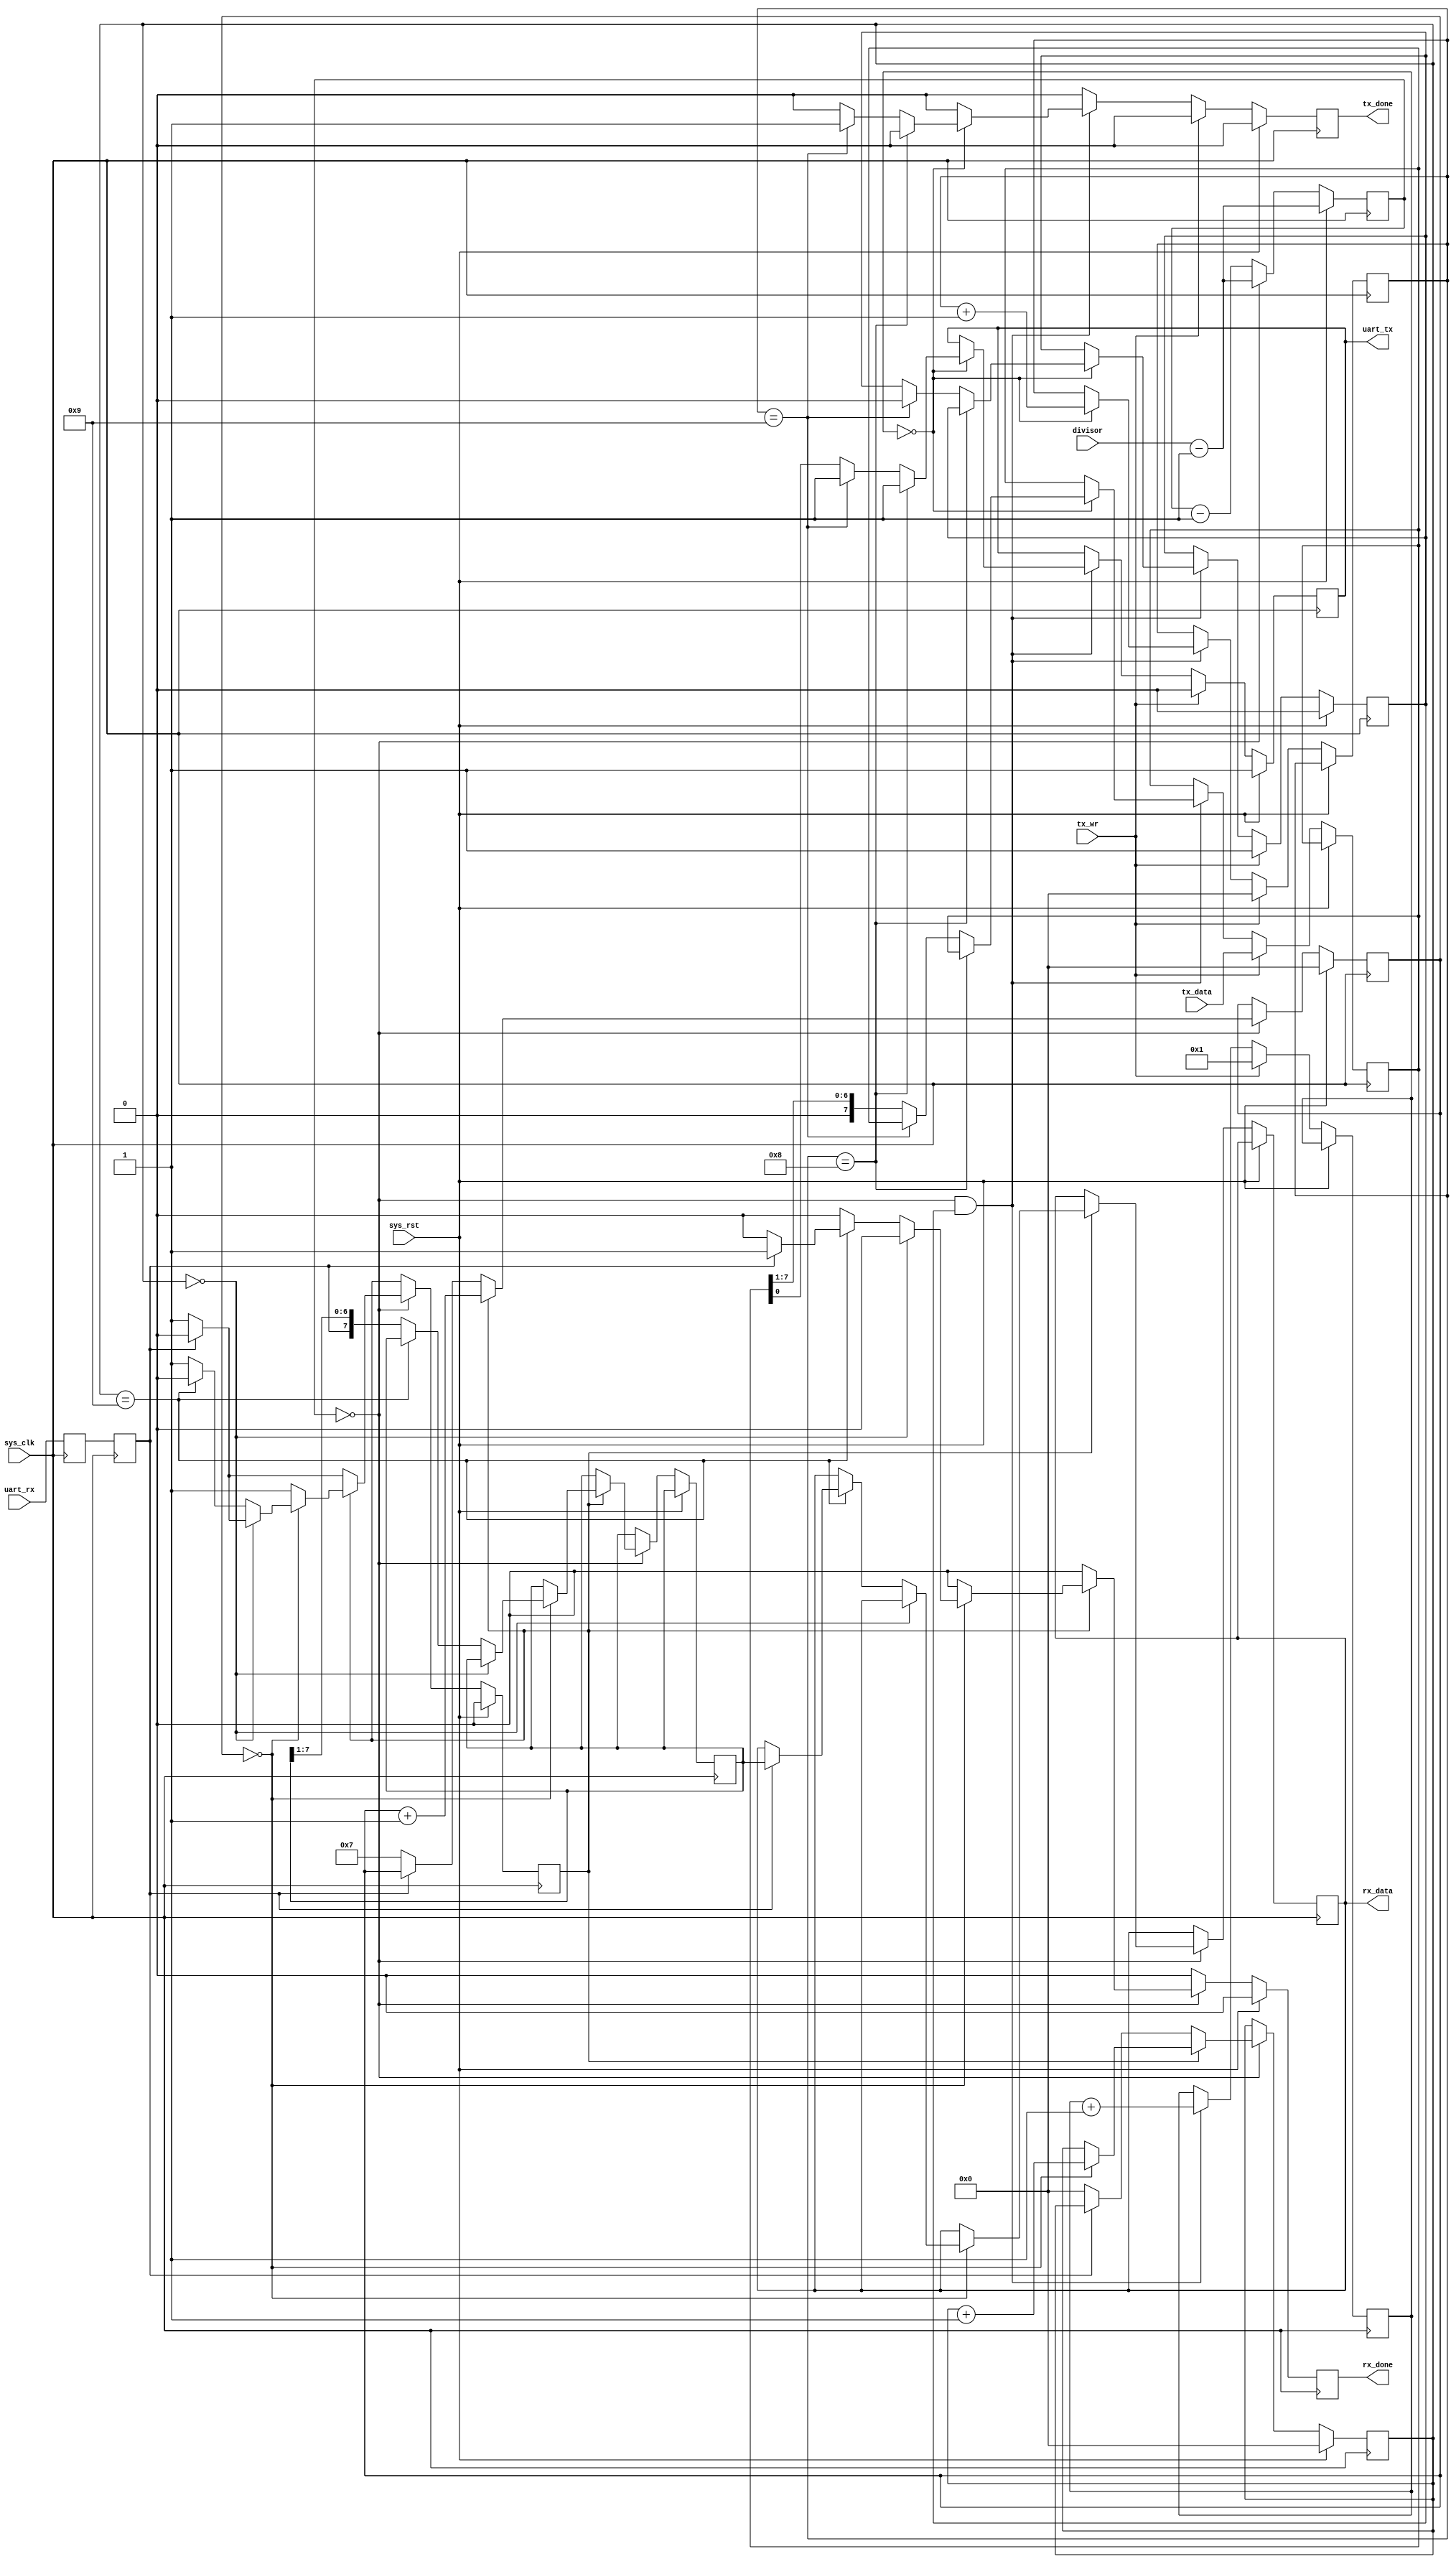
module uart_transceiver(
	input sys_rst,
	input sys_clk,

	input uart_rx,
	output reg uart_tx,

	input [15:0] divisor,

	output reg [7:0] rx_data,
	output reg rx_done,

	input [7:0] tx_data,
	input tx_wr,
	output reg tx_done
);

//-----------------------------------------------------------------
// enable16 generator
//-----------------------------------------------------------------
reg [15:0] enable16_counter;

wire enable16;
assign enable16 = (enable16_counter == 16'd0);

always @(posedge sys_clk) begin
	if(sys_rst)
		enable16_counter <= divisor - 16'b1;
	else begin
		enable16_counter <= enable16_counter - 16'd1;
		if(enable16)
			enable16_counter <= divisor - 16'b1;
	end
end

//-----------------------------------------------------------------
// Synchronize uart_rx
//-----------------------------------------------------------------
reg uart_rx1;
reg uart_rx2;

always @(posedge sys_clk) begin
	uart_rx1 <= uart_rx;
	uart_rx2 <= uart_rx1;
end

//-----------------------------------------------------------------
// UART RX Logic
//-----------------------------------------------------------------
reg rx_busy;
reg [3:0] rx_count16;
reg [3:0] rx_bitcount;
reg [7:0] rx_reg;

always @(posedge sys_clk) begin
	if(sys_rst) begin
		rx_done <= 1'b0;
		rx_busy <= 1'b0;
		rx_count16  <= 4'd0;
		rx_bitcount <= 4'd0;
	end else begin
		rx_done <= 1'b0;

		if(enable16) begin
			if(~rx_busy) begin // look for start bit
				if(~uart_rx2) begin // start bit found
					rx_busy <= 1'b1;
					rx_count16 <= 4'd7;
					rx_bitcount <= 4'd0;
				end
			end else begin
				rx_count16 <= rx_count16 + 4'd1;

				if(rx_count16 == 4'd0) begin // sample
					rx_bitcount <= rx_bitcount + 4'd1;

					if(rx_bitcount == 4'd0) begin // verify startbit
						if(uart_rx2)
							rx_busy <= 1'b0;
					end else if(rx_bitcount == 4'd9) begin
						rx_busy <= 1'b0;
						if(uart_rx2) begin // stop bit ok
							rx_data <= rx_reg;
							rx_done <= 1'b1;
						end // ignore RX error
					end else
						rx_reg <= {uart_rx2, rx_reg[7:1]};
				end
			end
		end
	end
end

//-----------------------------------------------------------------
// UART TX Logic
//-----------------------------------------------------------------
reg tx_busy;
reg [3:0] tx_bitcount;
reg [3:0] tx_count16;
reg [7:0] tx_reg;

always @(posedge sys_clk) begin
	if(sys_rst) begin
		tx_done <= 1'b0;
		tx_busy <= 1'b0;
		uart_tx <= 1'b1;
	end else begin
		tx_done <= 1'b0;
		if(tx_wr) begin
			tx_reg <= tx_data;
			tx_bitcount <= 4'd0;
			tx_count16 <= 4'd1;
			tx_busy <= 1'b1;
			uart_tx <= 1'b0;
`ifdef SIMULATION
			$display("UART:%c", tx_data);
`endif
		end else if(enable16 && tx_busy) begin
			tx_count16  <= tx_count16 + 4'd1;

			if(tx_count16 == 4'd0) begin
				tx_bitcount <= tx_bitcount + 4'd1;
				
				if(tx_bitcount == 4'd8) begin
					uart_tx <= 1'b1;
				end else if(tx_bitcount == 4'd9) begin
					uart_tx <= 1'b1;
					tx_busy <= 1'b0;
					tx_done <= 1'b1;
				end else begin
					uart_tx <= tx_reg[0];
					tx_reg <= {1'b0, tx_reg[7:1]};
				end
			end
		end
	end
end

endmodule